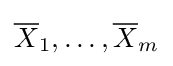
{\overline {X}}_{1},\dots ,{\overline {X}}_{m}